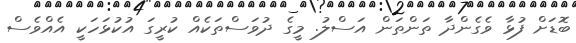
ބޮޑަށް ފުޅާ ވެގެންދާ ތަންތަން އަސްލު. މީގެ ދުވަސްތަކެއް ކުރީގަ އުކުޅަހަކީ އެއްވެސް